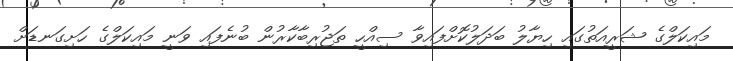
މައިކަލްގެ ޝަރީއަތުގައި ހިޔާލު ބަދަލުކޮށްފައިވާ ސިއްހީ ތަޖުރިބާކާރުން ބުނެފައި ވަނީ މައިކަލްގެ ހަށިގަނޑަށް